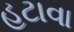
હટાવા